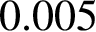
0 . 0 0 5